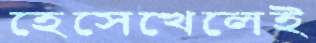
হেসেখেলেই